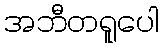
အဘီတရူပေါ